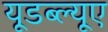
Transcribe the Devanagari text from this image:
यूडब्ल्यूए